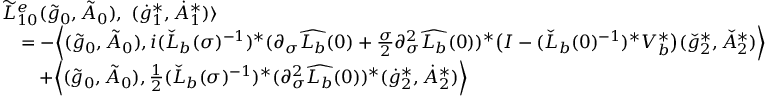
\begin{array} { r l } & { \widetilde { L } _ { 1 0 } ^ { e } ( \tilde { g } _ { 0 } , \tilde { A } _ { 0 } ) , \ ( \dot { g } _ { 1 } ^ { * } , \dot { A } _ { 1 } ^ { * } ) \rangle } \\ & { \quad = - \Big \langle ( \tilde { g } _ { 0 } , \tilde { A } _ { 0 } ) , i ( \check { L } _ { b } ( \sigma ) ^ { - 1 } ) ^ { * } ( \partial _ { \sigma } \widehat { L _ { b } } ( 0 ) + \frac { \sigma } { 2 } \partial _ { \sigma } ^ { 2 } \widehat { L _ { b } } ( 0 ) ) ^ { * } \big ( I - ( \check { L } _ { b } ( 0 ) ^ { - 1 } ) ^ { * } V _ { b } ^ { * } \big ) ( \check { g } _ { 2 } ^ { * } , \check { A } _ { 2 } ^ { * } ) \Big \rangle } \\ & { \quad \quad + \Big \langle ( \tilde { g } _ { 0 } , \tilde { A } _ { 0 } ) , \frac { 1 } { 2 } ( \check { L } _ { b } ( \sigma ) ^ { - 1 } ) ^ { * } ( \partial _ { \sigma } ^ { 2 } \widehat { L _ { b } } ( 0 ) ) ^ { * } ( \dot { g } _ { 2 } ^ { * } , \dot { A } _ { 2 } ^ { * } ) \Big \rangle } \end{array}